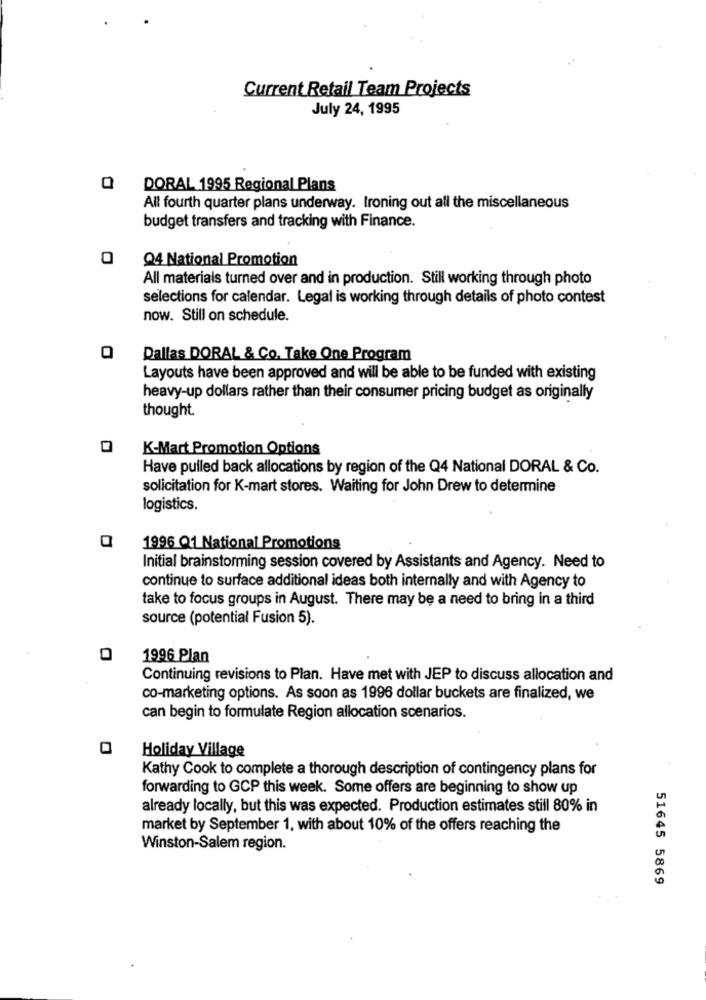
Current Retail Team Projects
July 24, 1995
Q DORAL 1995 Regional Plans
All fourth quarter plans underway. Ironing out all the miscellaneous
budget transfers and tracking with Finance.
0
Q4 National Promotion
All materials turned over and in production. Still working through photo
selections for calendar. Legal is working through details of photo contest
now. Still on schedule.
Dallas DORAL & Co. Take One Program
Layouts have been approved and will be able to be funded with existing
heavy-up dollars rather than their consumer pricing budget as originally
thought.
0
K-Mart Promotion Options
Have pulled back allocations by region of the Q4 National DORAL & Co.
solicitation for K-mart stores. Waiting for John Drew to determine
logistics.
a
1996 Q1 National Promotions
Initial brainstorming session covered by Assistants and Agency. Need to
continue to surface additional ideas both internally and with Agency to
take to focus groups in August. There may be a need to bring in a third
source (potential Fusion 5).
1996 Plan
Continuing revisions to Plan. Have met with JEP to discuss allocation and
co-marketing options. As soon as 1996 dollar buckets are finalized, we
can begin to formulate Region allocation scenarios.
Holiday Village
Kathy Cook to complete a thorough description of contingency plans for
forwarding to GCP this week. Some offers are beginning to show up
already locally, but this was expected. Production estimates still 80% in
market by September 1, with about 10% of the offers reaching the
Winston-Salem region.
51645 5869